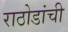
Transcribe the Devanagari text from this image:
राठोडांची